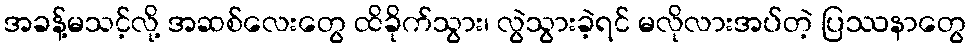
အခန့်မသင့်လို့ အဆစ်လေးတွေ ထိခိုက်သွား၊ လွဲသွားခဲ့ရင် မလိုလားအပ်တဲ့ ပြဿနာတွေ